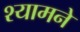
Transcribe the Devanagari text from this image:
श्यामने